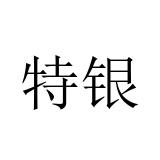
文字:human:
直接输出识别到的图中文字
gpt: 特银